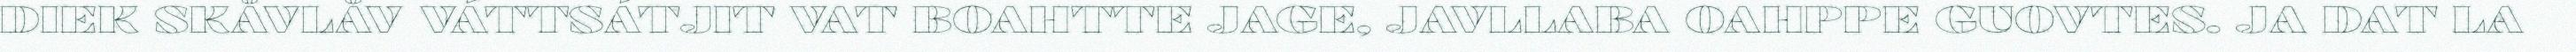
DIEK SKÅVLÅV VÁTTSÁTJIT VAT BOAHTTE JAGE, JAVLLABA OAHPPE GUOVTES. JA DAT LA